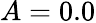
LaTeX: A=0.0